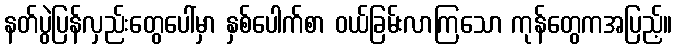
နတ်ပွဲပြန်လှည်းတွေပေါ်မှာ နှစ်ပေါက်စာ ဝယ်ခြမ်းလာကြသော ကုန်တွေကအပြည့်။